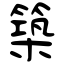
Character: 築